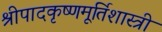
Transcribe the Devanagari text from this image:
श्रीपादकृष्णमूर्तिशास्त्री